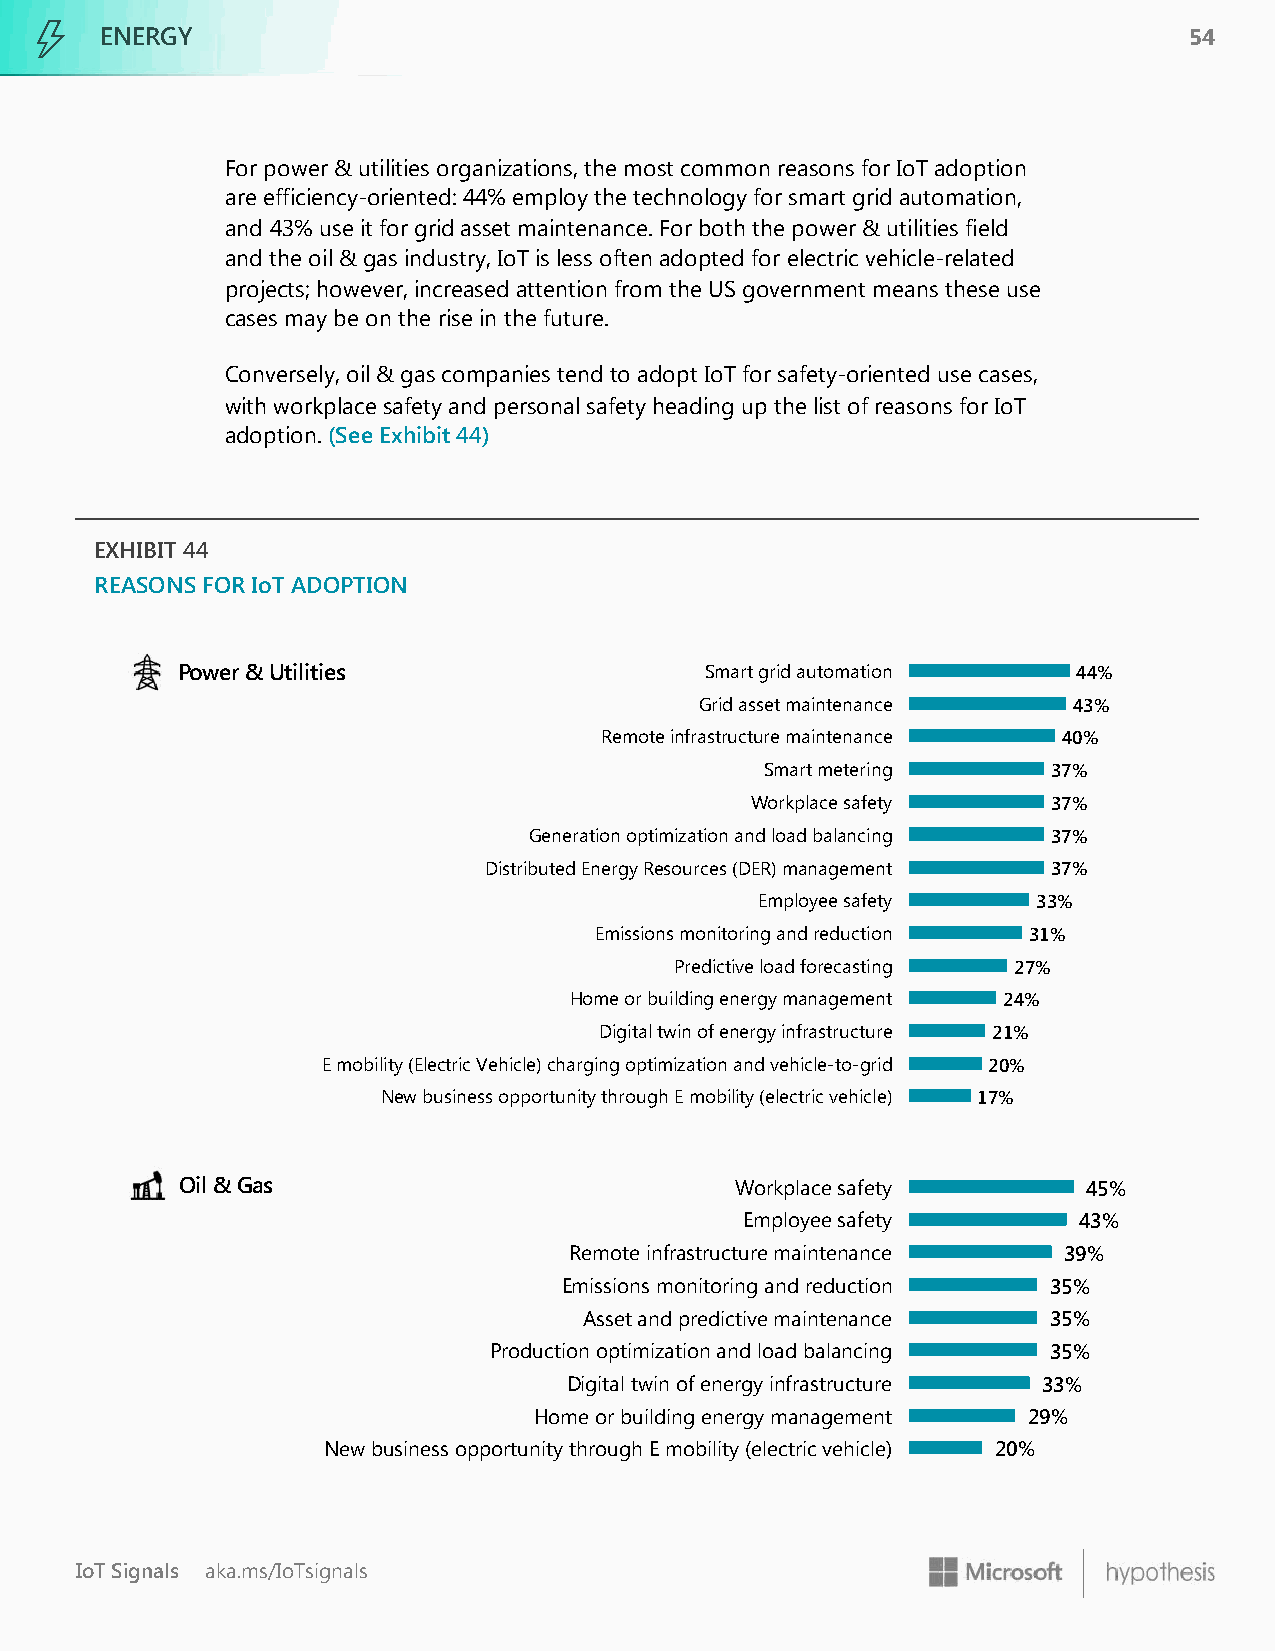
ENERGY                                                                  54
 For power & utilities organizations, the most common reasons for IoT adoption
 are efficiency-oriented: 44% employ the technology for smart grid automation,
 and 43% use it for grid asset maintenance. For both the power & utilities field
 and the oil & gas industry, IoT is less often adopted for electric vehicle-related
 projects; however, increased attention from the US government means these use
 cases may be on the rise in the future.
 Conversely, oil & gas companies tend to adopt IoT for safety-oriented use cases,
 with workplace safety and personal safety heading up the list of reasons for IoT
 adoption. (See Exhibit 44)
 EXHIBIT 44
 REASONS FOR IoT ADOPTION
 Power & Utilities                  Smart grid automation   44%
 Grid asset maintenance   43%
 Remote infrastructure maintenance 40%
 Smart metering     37%
 Workplace safety    37%
 Generation optimization and load balancing 37%
 Distributed Energy Resources (DER) management 37%
 Employee safety    33%
 Emissions monitoring and reduction 31%
 Predictive load forecasting 27%
 Home or building energy management 24%
 Digital twin of energy infrastructure 21%
 E mobility (Electric Vehicle) charging optimization and vehicle-to-grid 20%
 New business opportunity through E mobility (electric vehicle) 17%
 Oil & Gas                            Workplace safety       45%
 Employee safety       43%
 Remote infrastructure maintenance 39%
 Emissions monitoring and reduction 35%
 Asset and predictive maintenance 35%
 Production optimization and load balancing 35%
 Digital twin of energy infrastructure 33%
 Home or building energy management 29%
 New business opportunity through E mobility (electric vehicle) 20%
 IoT Signals aka.ms/IoTsignals